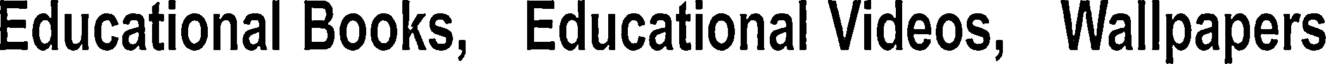
Educational Books, Educational Videos, Wallpapers